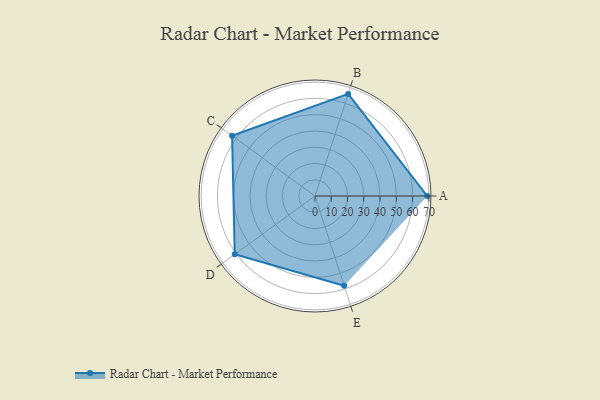
{"axis": {"x": "Skill", "y": "Score"}, "legend": ["Profile"], "data": [{"x": "A", "y": 69.0, "type": "Profile"}, {"x": "B", "y": 66.0, "type": "Profile"}, {"x": "C", "y": 63.0, "type": "Profile"}, {"x": "D", "y": 61.0, "type": "Profile"}, {"x": "E", "y": 58.0, "type": "Profile"}]}